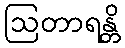
ဩတာရန္တိ